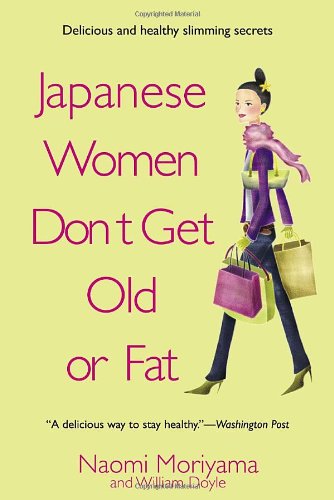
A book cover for Japanese Women Don't Get Old or Fat: Secrets of My Mother's Tokyo Kitchen; Naomi Moriyama; Cookbooks, Food & Wine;